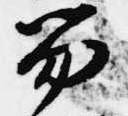
笏